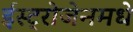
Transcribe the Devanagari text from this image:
ईस्ट्रोजेनमधे